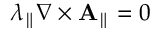
\lambda _ { \parallel } \nabla \times \mathbf { A } _ { \parallel } = 0